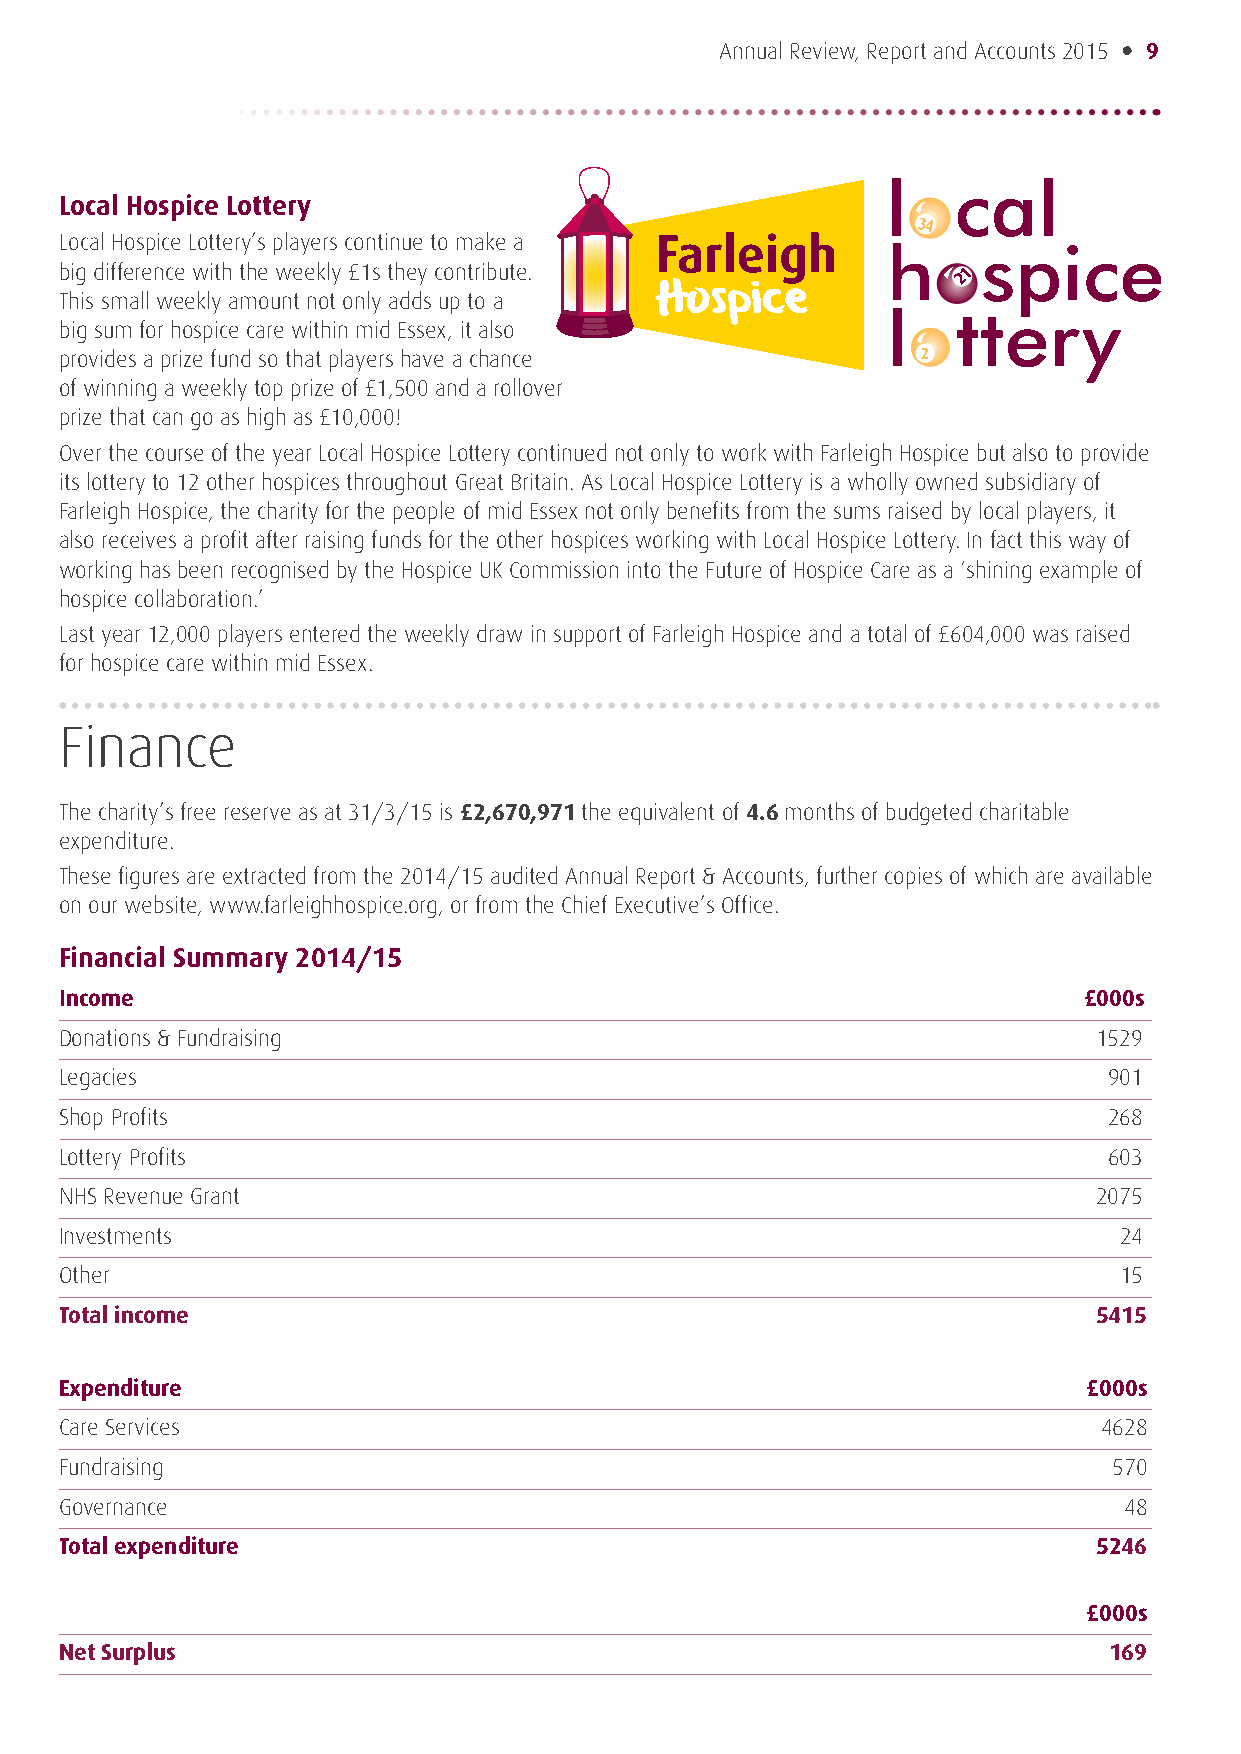
Annual Review, Report and Accounts 2015 • 9
 Local Hospice Lottery
 Local Hospice Lottery’s players continue to make a
 big difference with the weekly £1s they contribute.
 This small weekly amount not only adds up to a
 big sum for hospice care within mid Essex, it also
 provides a prize fund so that players have a chance
 of winning a weekly top prize of £1,500 and a rollover
 prize that can go as high as £10,000!
 Over the course of the year Local Hospice Lottery continued not only to work with Farleigh Hospice but also to provide
 its lottery to 12 other hospices throughout Great Britain. As Local Hospice Lottery is a wholly owned subsidiary of
 Farleigh Hospice, the charity for the people of mid Essex not only benefits from the sums raised by local players, it
 also receives a profit after raising funds for the other hospices working with Local Hospice Lottery. In fact this way of
 working has been recognised by the Hospice UK Commission into the Future of Hospice Care as a ‘shining example of
 hospice collaboration.’
 Last year 12,000 players entered the weekly draw in support of Farleigh Hospice and a total of £604,000 was raised
 for hospice care within mid Essex.
 Finance
 The charity’s free reserve as at 31/3/15 is £2,670,971 the equivalent of 4.6 months of budgeted charitable
 expenditure.
 These figures are extracted from the 2014/15 audited Annual Report & Accounts, further copies of which are available
 on our website, www.farleighhospice.org, or from the Chief Executive’s Office.
 Financial Summary 2014/15
 Income                                                              £000s
 Donations & Fundraising                                              1529
 Legacies                                                             901
 Shop Profits                                                         268
 Lottery Profits                                                      603
 NHS Revenue Grant                                                    2075
 Investments                                                           24
 Other                                                                 15
 Total income                                                        5415
 Expenditure                                                         £000s
 Care Services                                                        4628
 Fundraising                                                           570
 Governance                                                            48
 Total expenditure                                                   5246
 £000s
 Net Surplus                                                          169